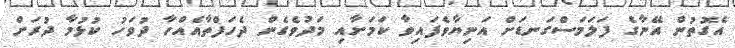
އެގޮތުން އޭނާގެ ފަލަމަސްގަނޑަށް އަނިޔާވެފައިވާ ކަމަށާއި މަދުވެގެން ދެހަފްތާއެއްހާ ދުވަހު ކުޅުމާ ދުރަށް